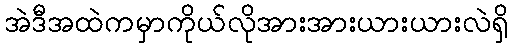
အဲဒီအထဲကမှာကိုယ်လိုအားအားယားယားလဲရှိ